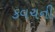
કવચની